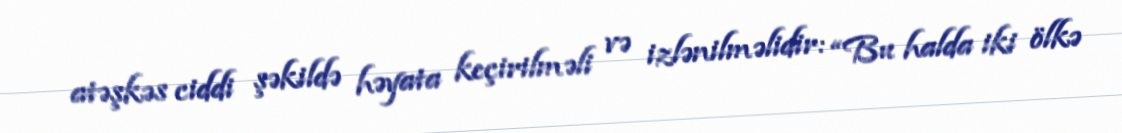
atəşkəs ciddi şəkildə həyata keçirilməli və izlənilməlidir: “Bu halda iki ölkə